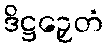
ဒိဋ္ဌဉှေတံ